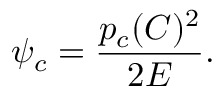
\psi _ { c } = \frac { p _ { c } ( C ) ^ { 2 } } { 2 E } .